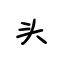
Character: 头